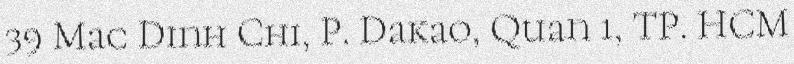
39 Mac Dinh Chi, P. Dakao, Quan 1, TP. HCM